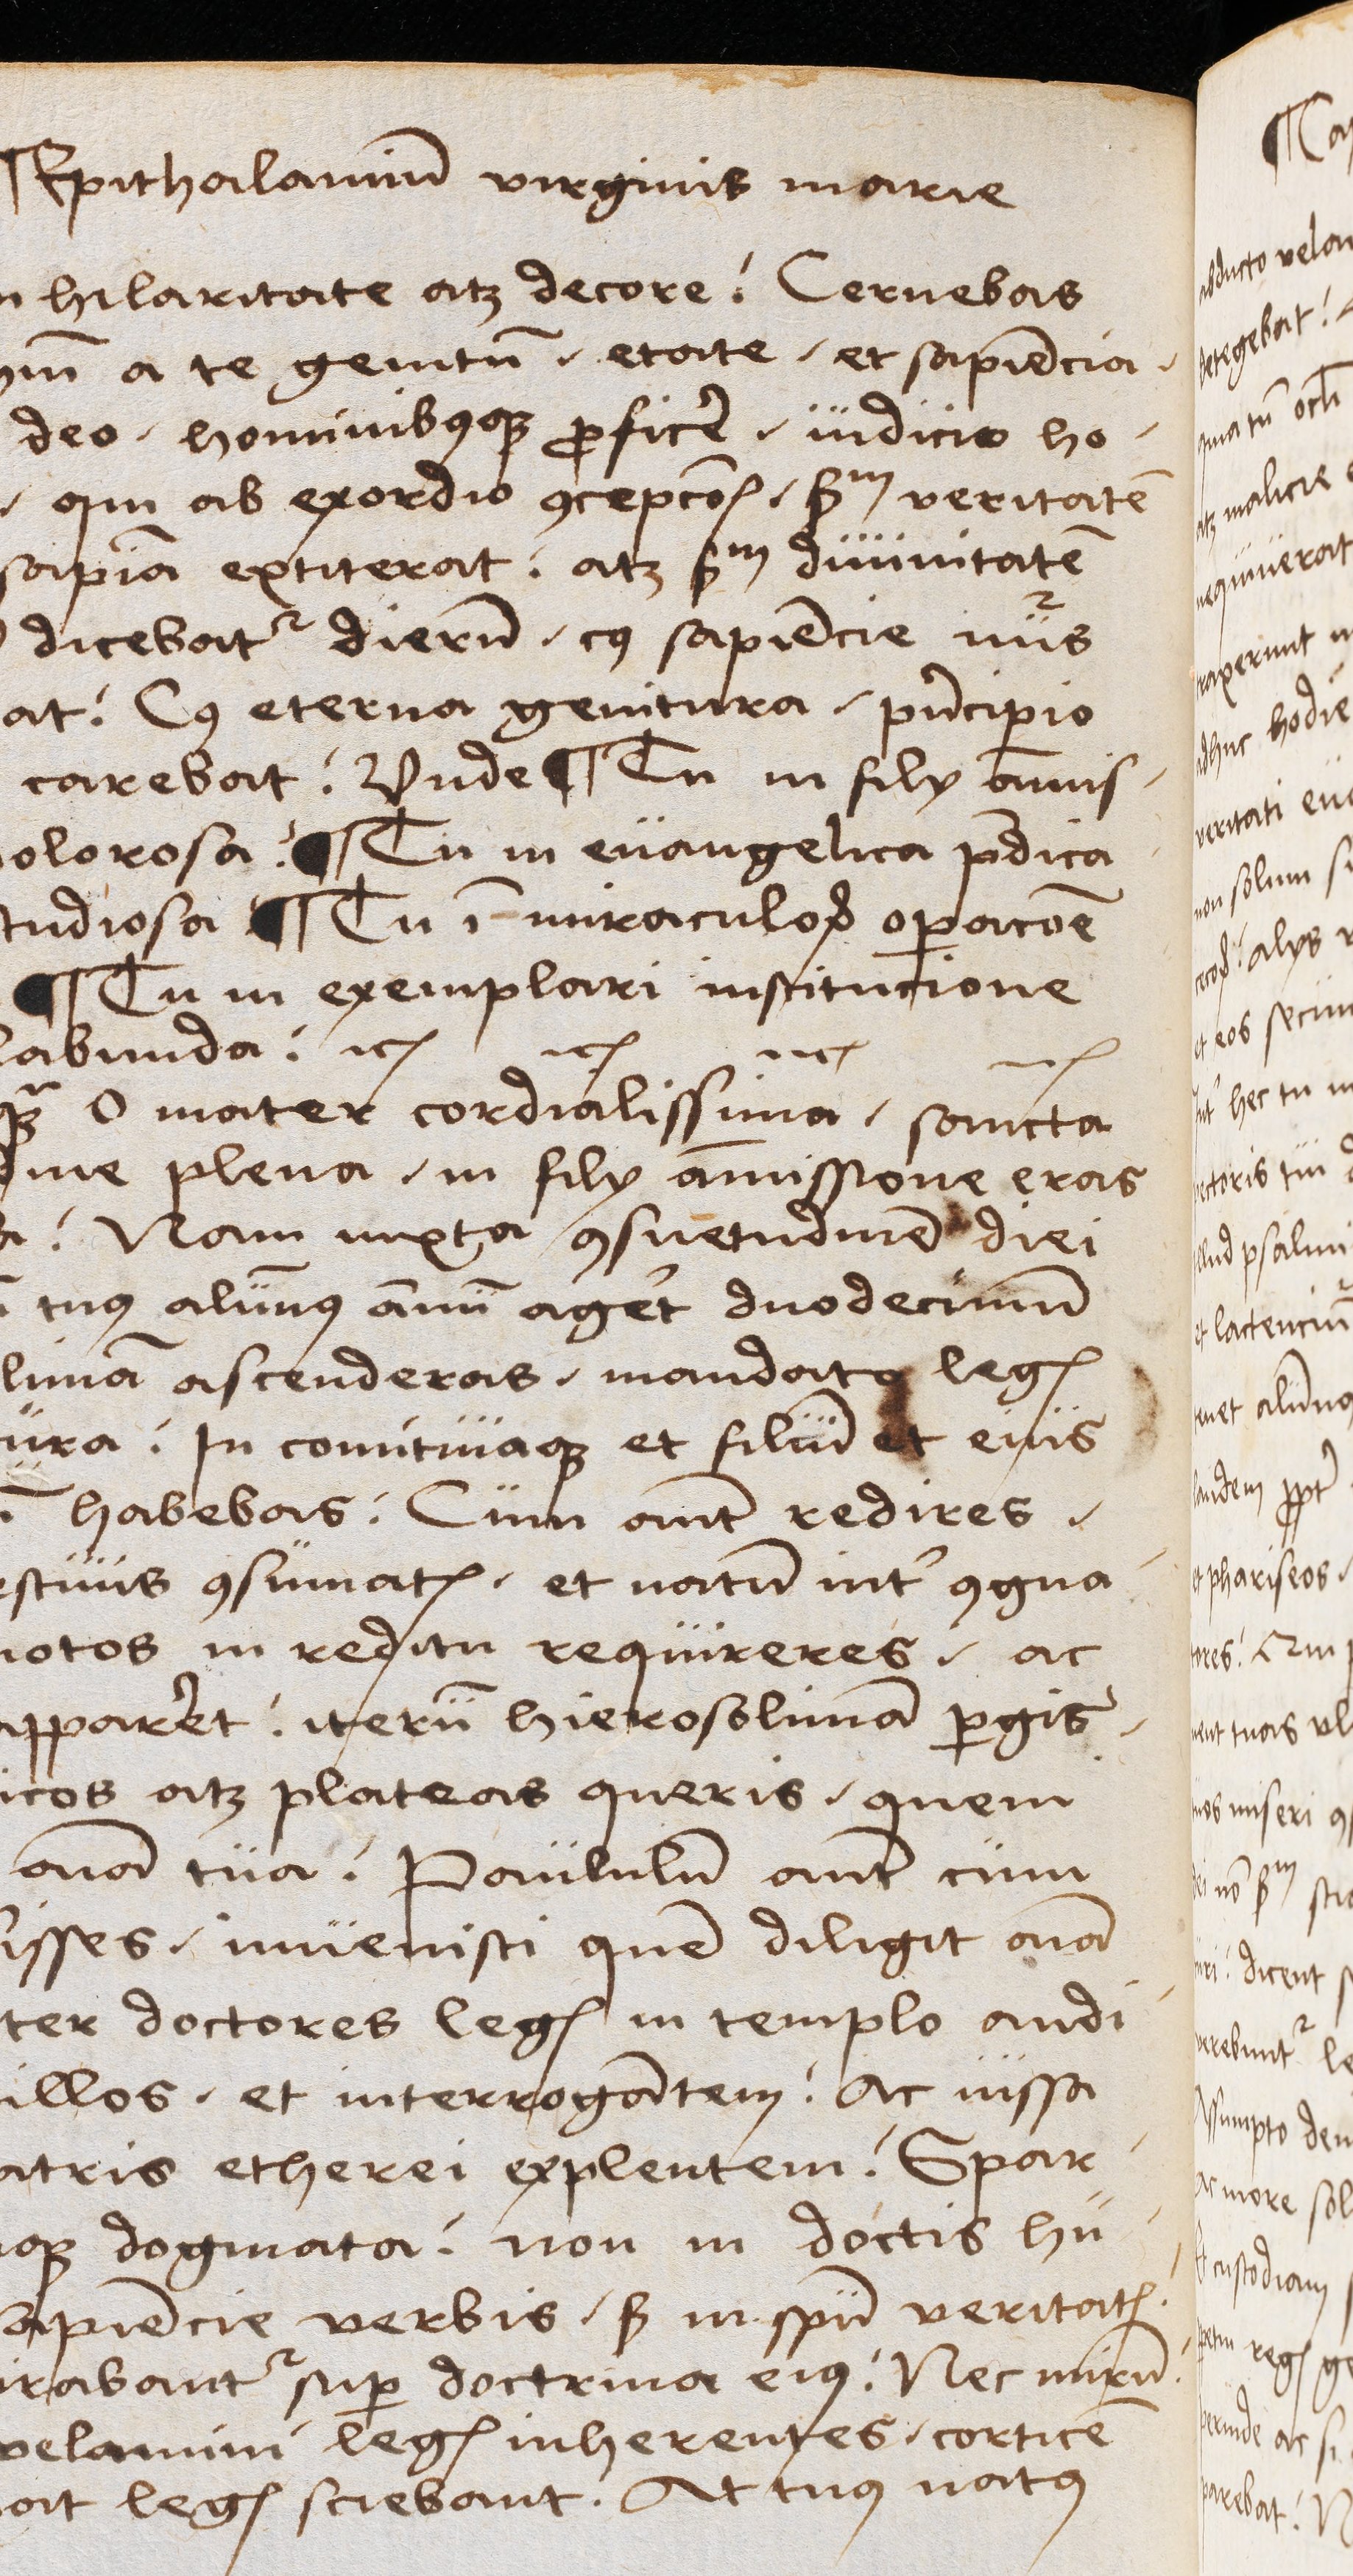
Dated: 1489–1489